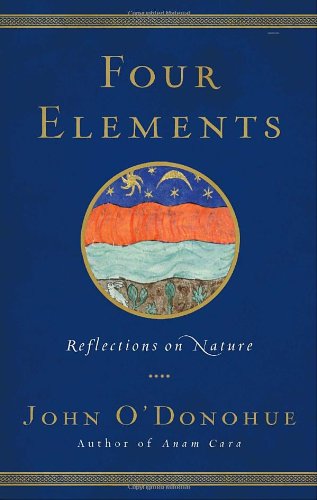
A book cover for Four Elements: Reflections on Nature; John O'Donohue; Science & Math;